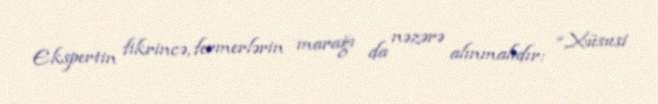
Ekspertin fikrincə, fermerlərin marağı da nəzərə alınmalıdır: “Xüsusi